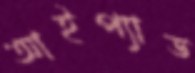
আইপ্যাড